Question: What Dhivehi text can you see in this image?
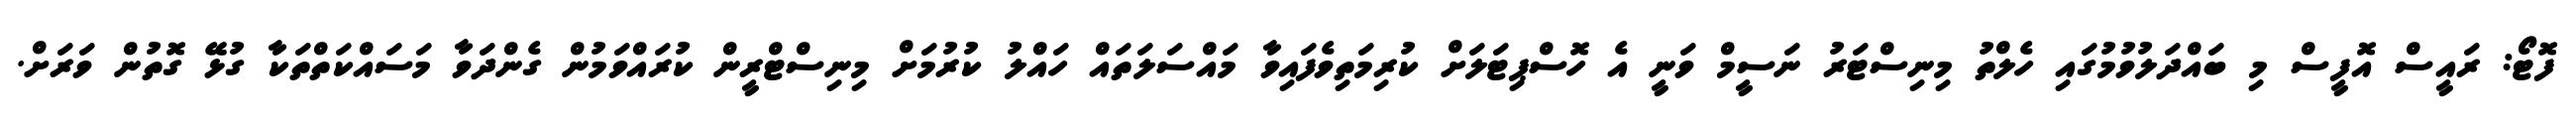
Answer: ފޮޓޯ: ރައީސް އޮފީސް މި ބައްދަލުވުމުގައި ހެލްތު މިނިސްޓަރު ނަސީމް ވަނީ އެ ހޮސްޕިޓަލަށް ކުރިމަތިވެފައިވާ މައްސަލަތައް ހައްލު ކުރުމަށް މިނިސްޓްރީން ކުރައްވަމުން ގެންދަވާ މަސައްކަތްތަކާ ގުޅޭ ގޮތުން ވަރަށް.